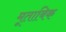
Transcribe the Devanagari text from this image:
मूताबिक